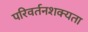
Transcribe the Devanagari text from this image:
परिवर्तनशक्यता